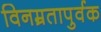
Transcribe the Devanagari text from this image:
विनम्रतापुर्वक